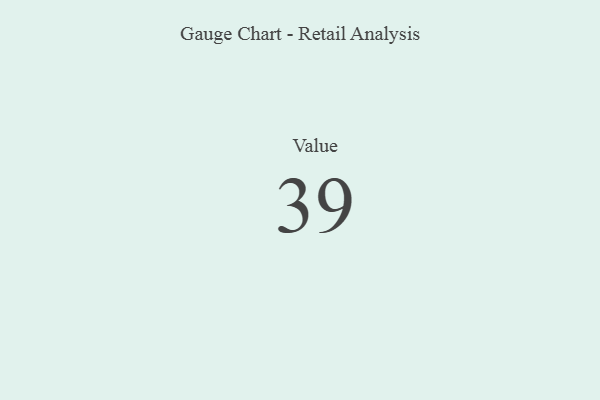
{"axis": {"x": "Metric", "y": "Value"}, "legend": [""], "data": [{"x": "Value", "y": 39, "type": ""}]}